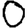
Digit: 0